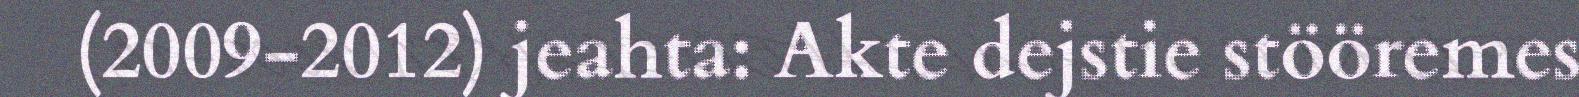
(2009-2012) jeahta: Akte dejstie stööremes